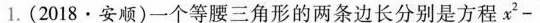
1.（2018·安顺）一个等腰三角形的两条边长分别是方程$$x ^ { 2 } -